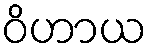
ဝိဟာယ